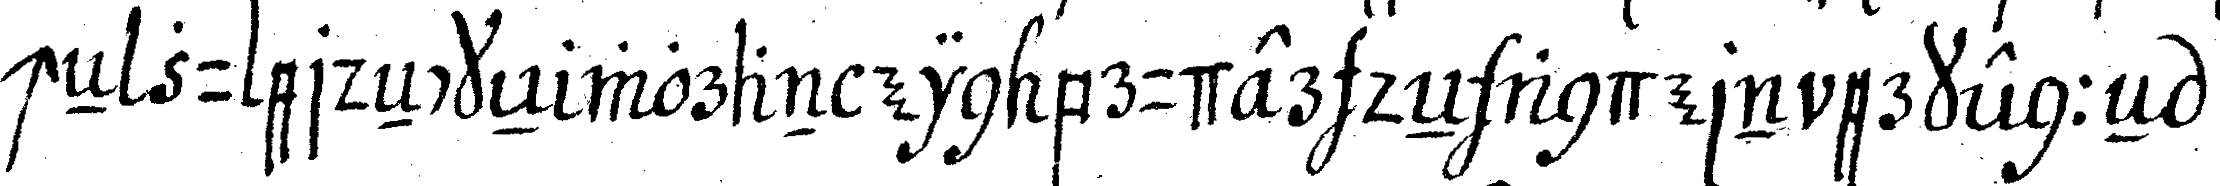
cheN zu erdeNckeN woran ein bruder deN andern erkenneN